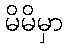
မိမိမှာ